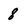
Character: 8